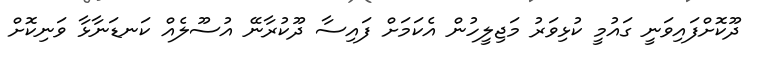
ދޫކޮށްފައިވަނީ ގައުމީ ކުޅިވަރު މަޖިލީހުން އެކަމަށް ފައިސާ ދޫކުރާނޭ އުސޫލެއް ކަނޑަނާޅާ ވަނިކޮށް